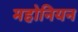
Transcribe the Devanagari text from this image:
महोनियन